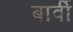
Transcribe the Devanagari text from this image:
बार्वी